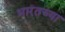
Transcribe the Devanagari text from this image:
भारतच्या